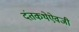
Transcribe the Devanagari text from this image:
दंतकथेऐवजी